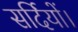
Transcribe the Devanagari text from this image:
सर्दियों।